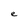
Character: e